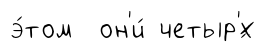
э́том он'и́ четыр'́х